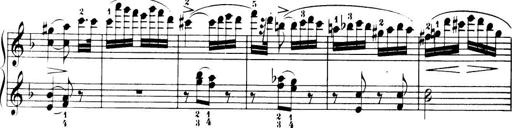
Title: 32 Sonatinas and Rondos for the Piano
Composer: Richard Kleinmichel